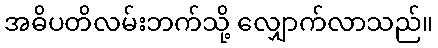
အဓိပတိလမ်းဘက်သို့ လျှောက်လာသည်။